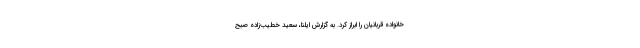
خانواده قربانیان را ابراز کرد. به گزارش ایلنا، سعید خطیب‌زاده صبح